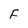
Character: F